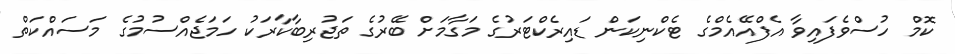
ކޮމް ހުސްވެފައިވާ އެފްއޭއެމްގެ ޓެކްނިކަން ޑައިރެކްޓަރުގެ މަގާމަށް ބޭރުގެ ތަޖުރިބާކާރަކު ހަމަޖެއްސުމުގެ މަސައްކަތް